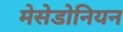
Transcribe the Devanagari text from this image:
मेसेडोनियन